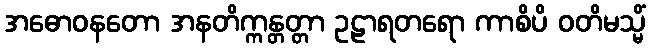
အဓောဝနတော အနတိက္ကန္တတ္တာ ဥဠာရတရော ကာစိပိ ဝတိမသ္မိံ